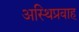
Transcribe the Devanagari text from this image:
अस्थिप्रवाह